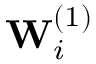
\mathbf { W } _ { i } ^ { ( 1 ) }